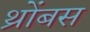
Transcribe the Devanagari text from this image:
थ्रोंबस